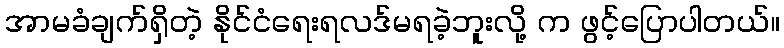
အာမခံချက်ရှိတဲ့ နိုင်ငံရေးရလဒ်မရခဲ့ဘူးလို့ က ဖွင့်ပြောပါတယ်။